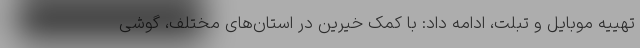
تهییه موبایل و تبلت، ادامه داد: با کمک خیرین در استان‌های مختلف، گوشی